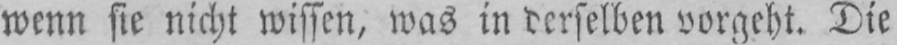
wenn sie nicht wissen, was in derselben vorgeht. Die